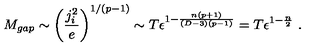
M _ { g a p } \sim \left( { \frac { j _ { i } ^ { 2 } } { e } } \right) ^ { 1 / ( p - 1 ) } \sim T \epsilon ^ { 1 - { \frac { n ( p + 1 ) } { ( D - 3 ) ( p - 1 ) } } } = T \epsilon ^ { 1 - { \frac { n } { 2 } } } \ .